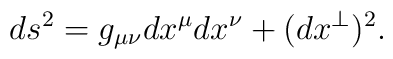
ds^2=g_{\mu\nu}dx^\mu dx^\nu+(dx^{\perp})^2.